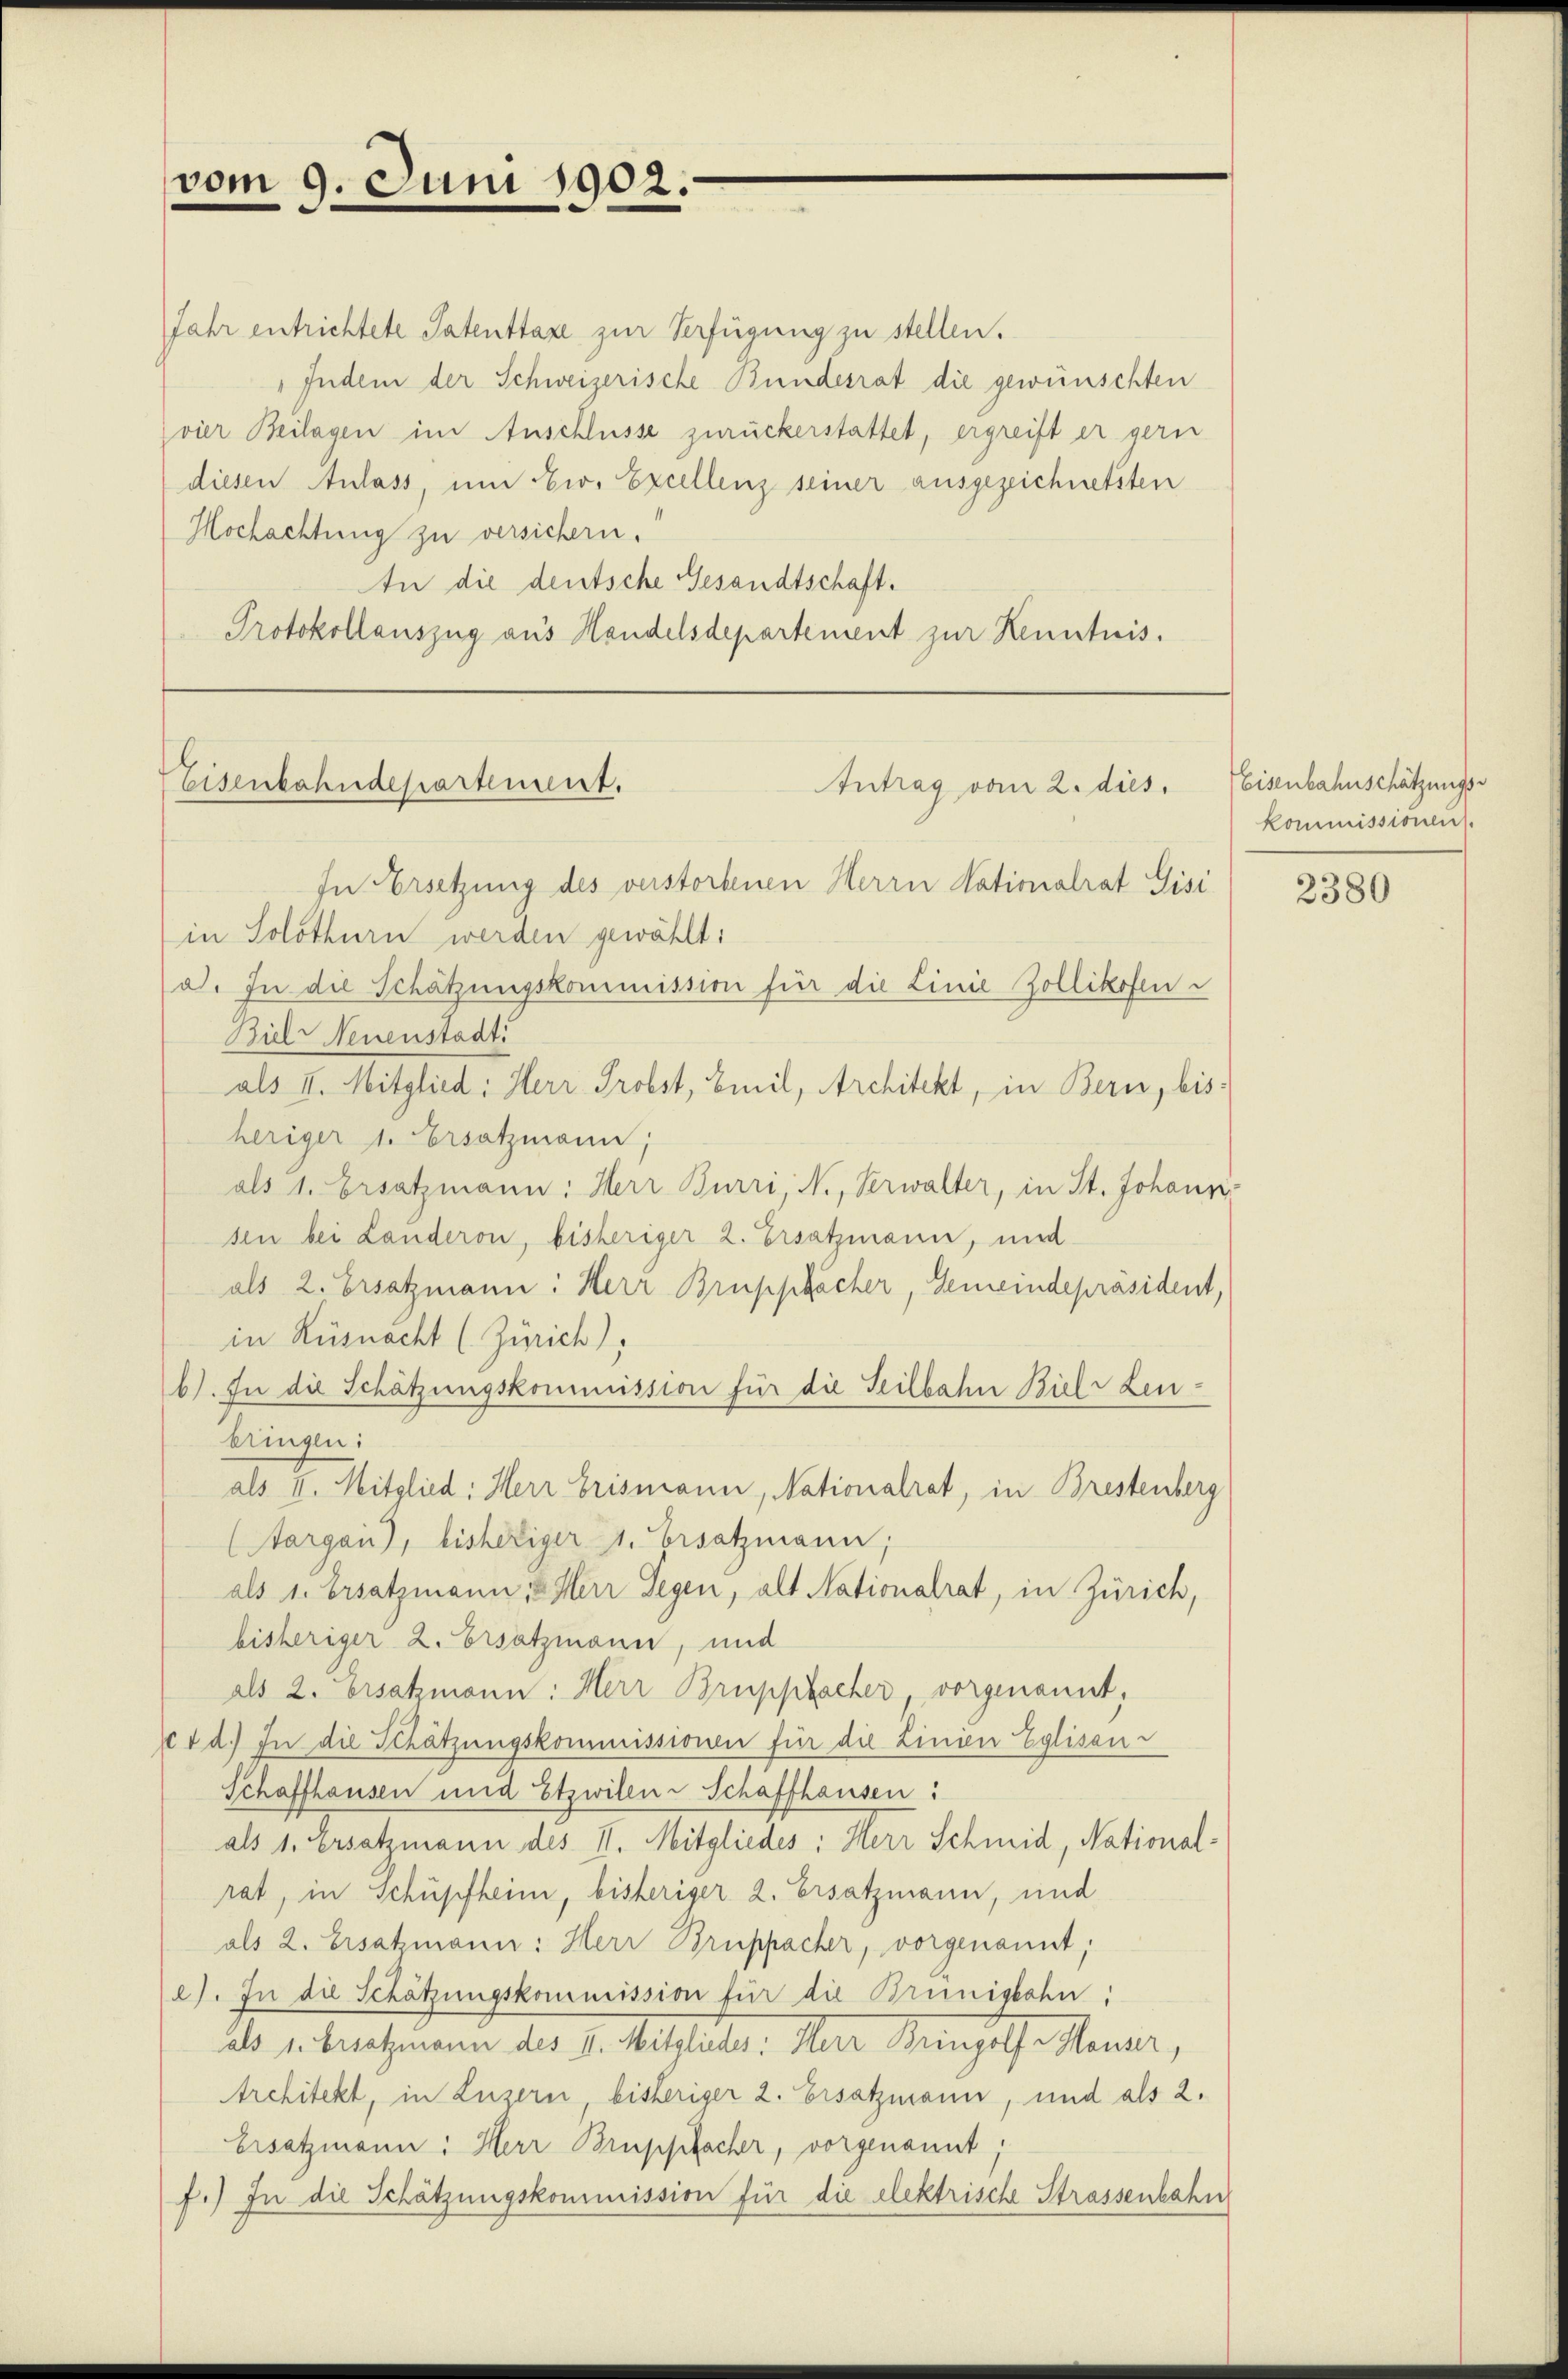
vom 9. Juni 1902

Jahr entrichtete Patenttaxe zur Verfügung zu stellen.
Indem der Schweizerische Bundesrat die gewünschten
vier Beilagen im Anschlüsse zurückerstattet, ergreift er gern
diesen Anlass um Ew. Excellenz seiner ausgezeichnetsten
Hochachtung zu versichern.
In die deutsche Gesandtschaft.
Protokollauszug aus Handelsdepartement zur Kenntnis.

Eisenbahndepartement.

in Solothurn werden gewählt:
a. In die Schätzungskommission für die Linie Zollikofen
Biel Neuenstadt
als II. Mitglied: Herr Probst, Emil, Architekt, in Bern, bisheriger 1. Ersatzmann;
als 1. Ersatzmann: Herr Burri, N., Verwalter, in St. Johann
sen bei Landeron, bisheriger 2. Ersatzmann, und
als 2. Ersatzmann. Herr Bruppacher, Gemeindepräsident,
in Küsnacht (Zürich)
b). In die Schätzungskommission für die Seilbahn Biel Leubringen:
als II. Mitglied: Herr Brismann, Nationalrat, in Brestenberg
(Aargau), bisheriger 1. Ersatzmann,
als 1. Ersatzmann, Herr Segen, als Nationalrat, in Zürich,
bisheriger 2. Ersatzmann, und
als 2. Ersatzmann: Herr Bruppacher, vorgenannt,
ctd.) In die Schätzungskommissionen für die Linien Eglisau-
Schaffhausen und Etzwilen Schaffhausen:
als 1. Ersatzmann des II. Mitgliedes: Herr Schmid, Nationalrat, in Schüpfheim, bisheriger 2. Ersatzmann, und
als 2. Ersatzmann: Herr Bruppacher, vorgenannt;
e). In die Schätzungskommission für die Bruniskahn:
als 1. Besetzmann des I. Mitglieder. Herr Drechts Neuer,
Architekt, in Luzern, bisheriger 2. Ersatzmann, und als 2.
Ersatzmann: Herr Bruppfacher, vorgenannt;
f.) In die Schätzungskommission für die elektrische Strassenbahn

Antrag vom 2. dies
In Ersetzung des verstorbenen Herrn Nationalrat Gisi

Eisenbahnschätzungskommissionen.

2380